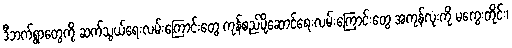
ဒီဘက်ရွာတွေကို ဆက်သွယ်ရေးလမ်းကြောင်းတွေ ကုန်စည်ပို့ဆောင်ရေးလမ်းကြောင်းတွေ အကုန်လုံးကို မကွေးတိုင်း၊